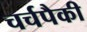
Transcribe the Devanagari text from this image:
चर्चपैकी